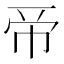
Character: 𢂇